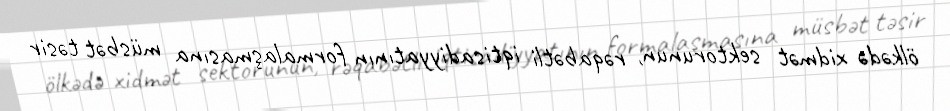
ölkədə xidmət sektorunun, rəqabətli iqtisadiyyatının formalaşmasına müsbət təsir